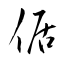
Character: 倨